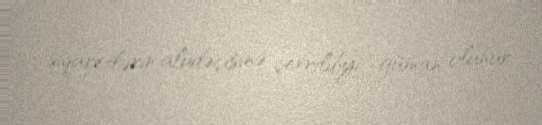
siqaretlərin alüdəçisinə çevrildiyi güman olunur.